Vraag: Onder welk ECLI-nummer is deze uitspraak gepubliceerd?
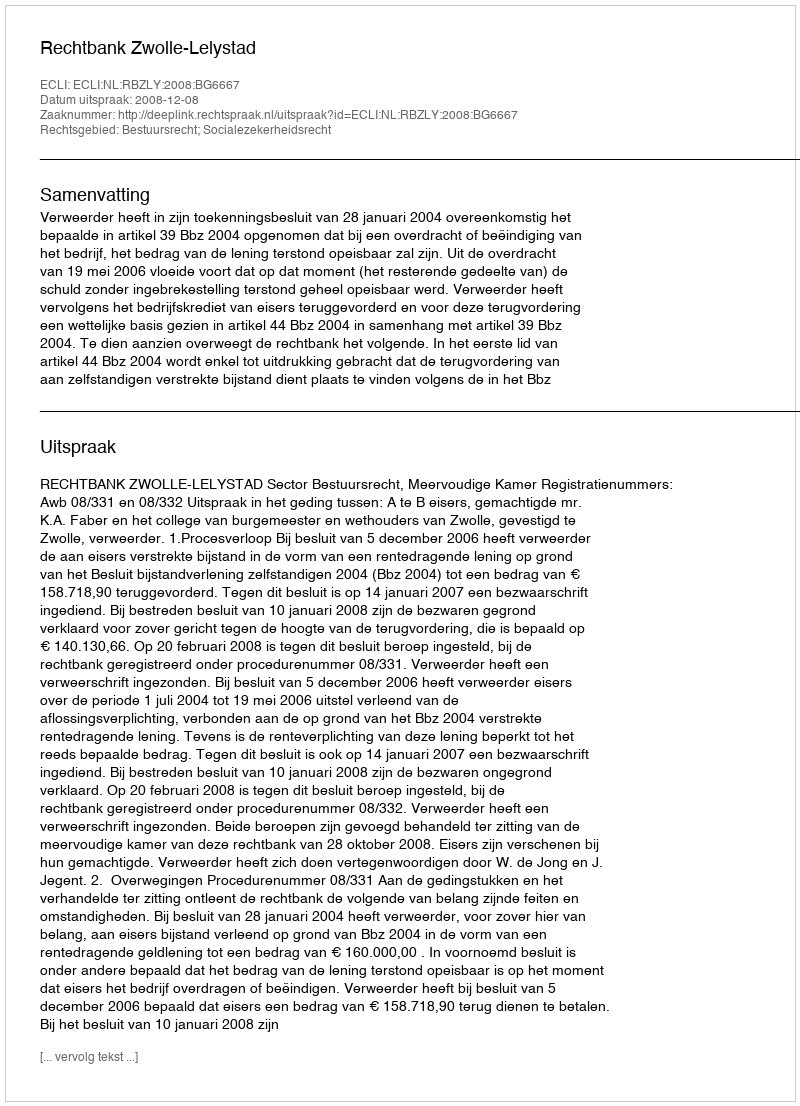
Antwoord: ECLI:NL:RBZLY:2008:BG6667